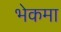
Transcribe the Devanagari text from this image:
भेकमा